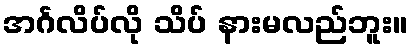
အင်္ဂလိပ်လို သိပ် နားမလည်ဘူး။